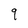
Character: 9